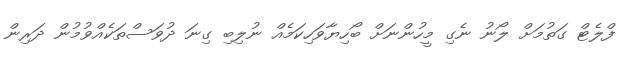
ފްލެޓް ގަތުމަށް ލޯނު ނެގި މީހުންނަށް ބޯހިޔާވަހިކަމެއް ނުލިބި ގިނަ ދުވަސްތަކެއްވުމުން ދަރިން